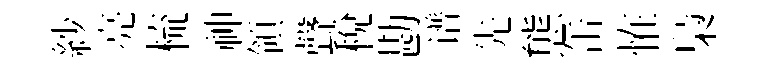
紗亮梳神領聲稅勘谱先態缶恠梟